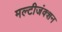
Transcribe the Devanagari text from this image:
मल्टीजंक्शन